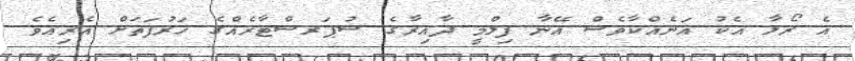
އެ ރޯލާ އެކު އަނެއްކާވެސް އޭނާ ފިލްމީ ދާއިރާގެ ސުޕަރސްޓާރެއްގެ ހަރުފަތަށް އެރިއެވެ.